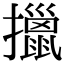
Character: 擸